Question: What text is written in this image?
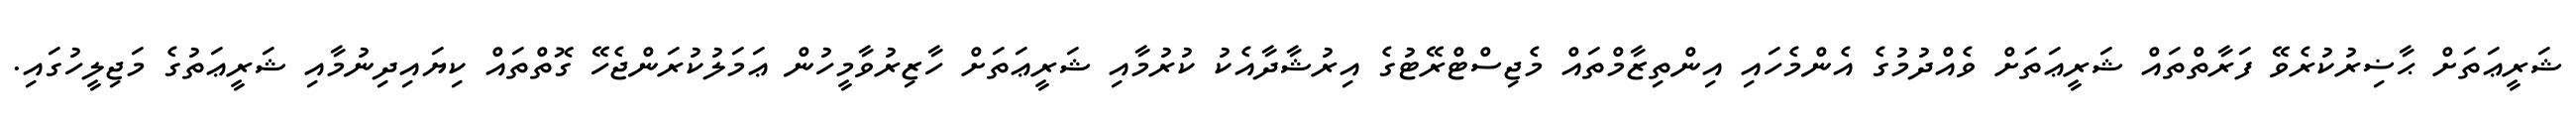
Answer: ޝަރީޢަތަށް ޙާޟިރުކުރެވޭ ފަރާތްތައް ޝަރީޢަތަށް ވެއްދުމުގެ އެންމެހައި އިންތިޒާމްތައް މެޖިސްޓްރޭޓުގެ އިރުޝާދާއެކު ކުރުމާއި ޝަރީޢަތަށް ހާޒިރުވާމީހުން ޢަމަލުކުރަންޖެހޭ ގޮތްތައް ކިޔައިދިނުމާއި ޝަރީޢަތުގެ މަޖިލީހުގައި.